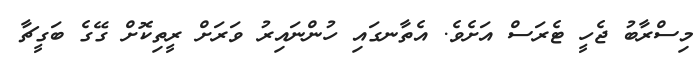
މިސްރާބު ޖެހީ ޓެރަސް އަށެވެ. އެތާނގައި ހުންނައިރު ވަރަށް ރީތިކޮށް ގޭގެ ބަގީޗާ